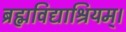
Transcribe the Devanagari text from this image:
ब्रह्मविद्याश्रियम्।